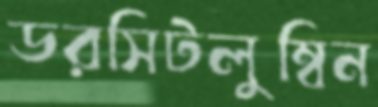
ডরসিটলুম্বিন